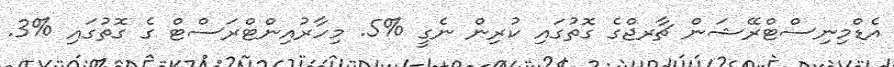
އެޑްމިނިސްޓްރޭޝަން ޗާރޖްގެ ގޮތުގައި ކުރިން ނެގީ %5. މިހާރުއިންޓްރަސްޓް ގެ ގޮތުގައި %3.